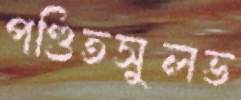
পণ্ডিতসুলভ